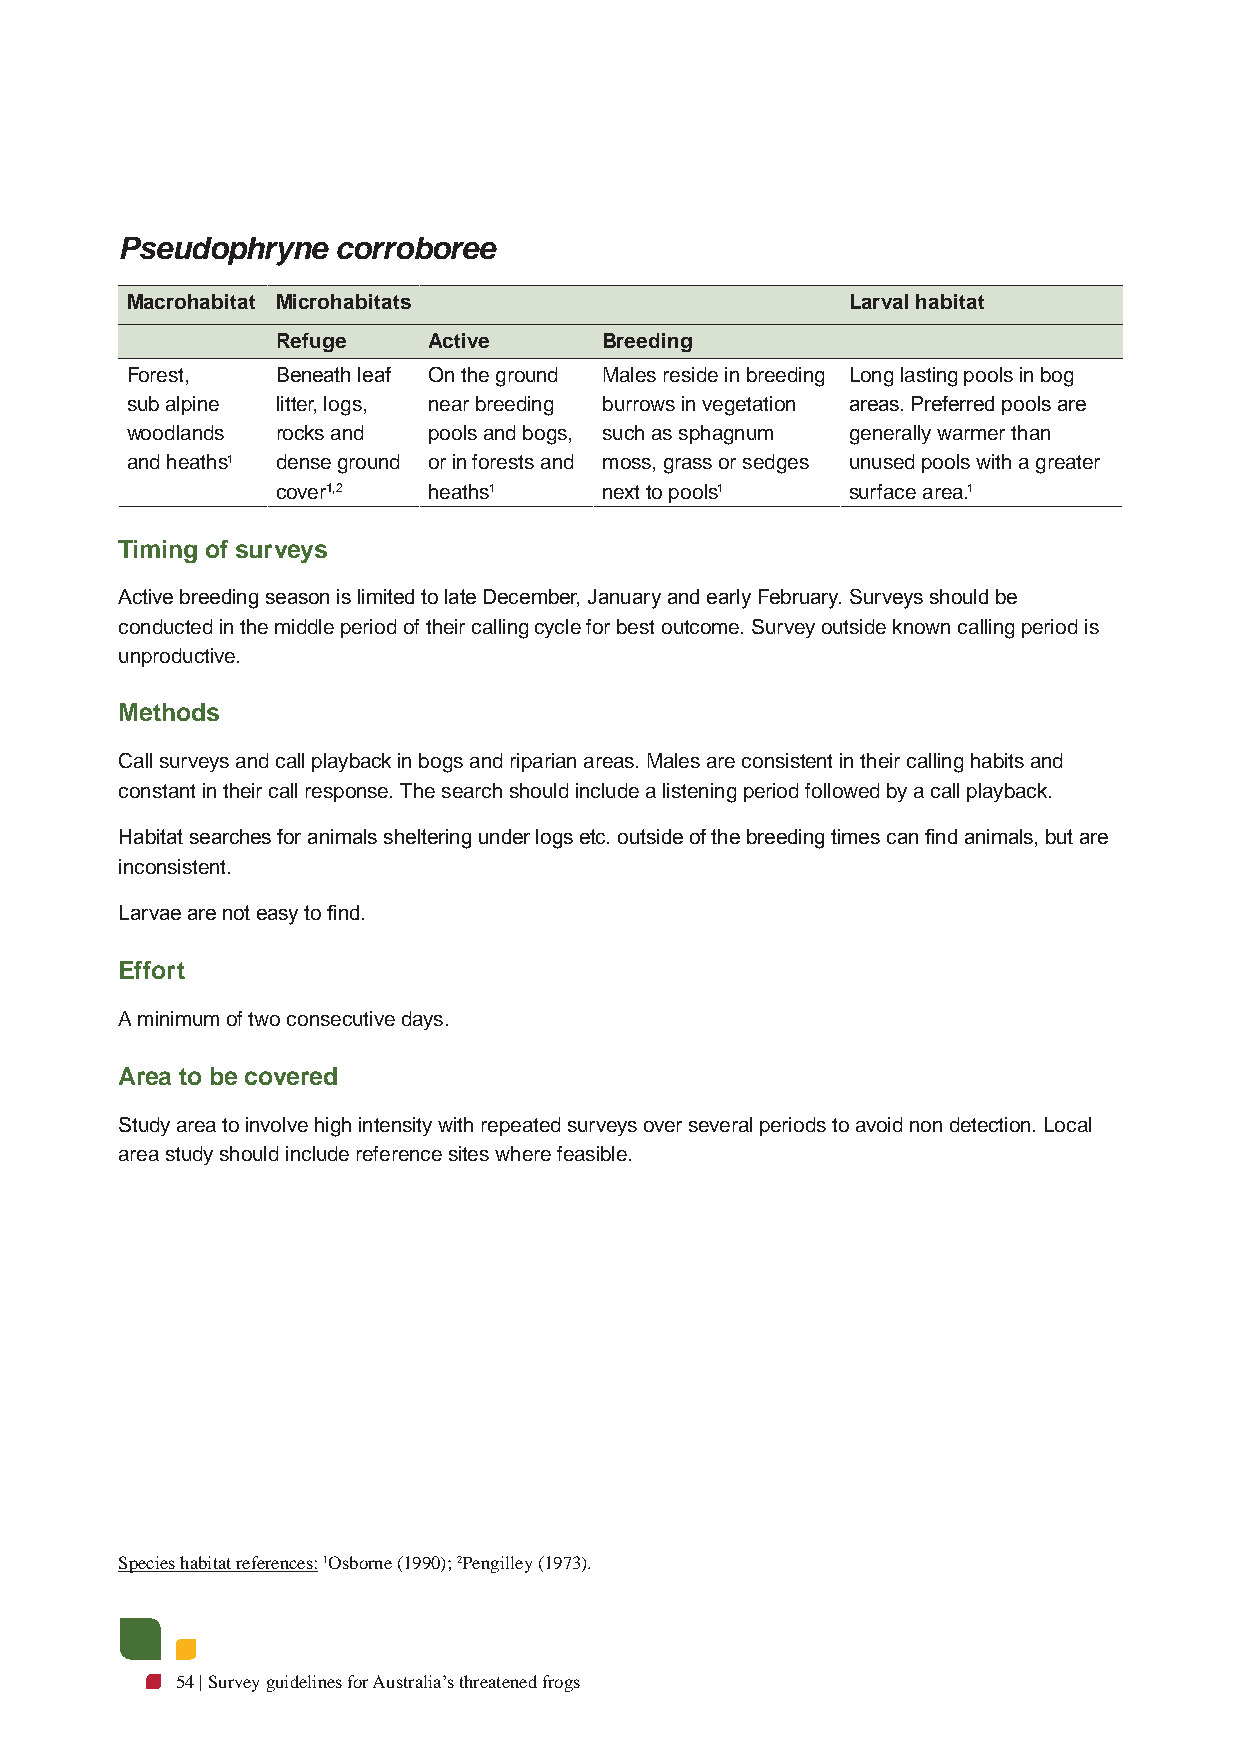
Pseudophryne  corroboree
 Macrohabitat Microhabitats                      Larval habitat
 Refuge    Active      Breeding
 Forest,   Beneath leaf On the ground Males reside in breeding Long lasting pools in bog
 sub alpine litter, logs, near breeding burrows in vegetation areas. Preferred pools are
 woodlands rocks and pools and bogs, such as sphagnum generally warmer than
 and heaths1 dense ground or in forests and moss, grass or sedges unused pools with a greater
 cover1,2  heaths1     next to pools1  surface area.1
 Timing of surveys
 Active breeding season is limited to late December, January and early February. Surveys should be
 conducted in the middle period of their calling cycle for best outcome. Survey outside known calling period is
 unproductive.
 Methods
 Call surveys and call playback in bogs and riparian areas. Males are consistent in their calling habits and
 constant in their call response. The search should include a listening period followed by a call playback.
 Habitat searches for animals sheltering under logs etc. outside of the breeding times can find animals, but are
 inconsistent.
 Larvae are not easy to find.
 Effort
 A minimum of two consecutive days.
 Area to be covered
 Study area to involve high intensity with repeated surveys over several periods to avoid non detection. Local
 area study should include reference sites where feasible.
 Species habitat references: 1Osborne (1990); 2Pengilley (1973).
 54 | Survey guidelines for Australia’s threatened frogs